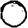
Digit: 0